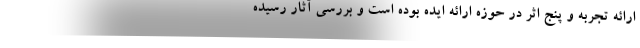
ارائه­ تجربه و پنج اثر در حوزه ارائه­ ایده بوده است و بررسی آثار رسیده